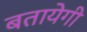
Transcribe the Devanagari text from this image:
बतायेगी